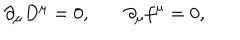
\partial _ { \mu } D ^ { \mu } = 0 , \, \, \, \, \, \, \, \, \, \, \, \partial _ { \mu } f ^ { \mu } = 0 ,